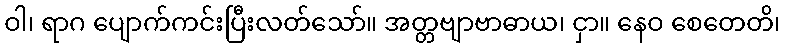
ဝါ၊ ရာဂ ပျောက်ကင်းပြီးလတ်သော်။ အတ္တဗျာဗာဓာယ၊ ငှာ။ နေဝ စေတေတိ၊